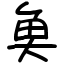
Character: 𩵋